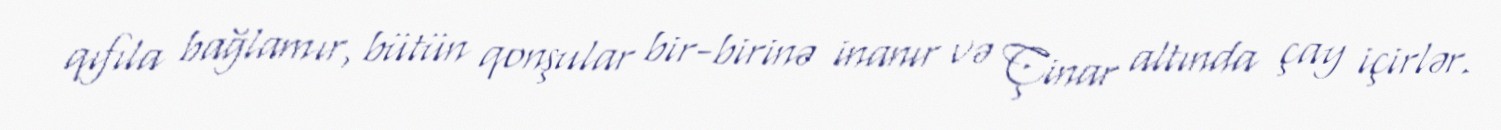
qıfıla bağlamır, bütün qonşular bir-birinə inanır və Çinar altında çay içirlər.